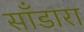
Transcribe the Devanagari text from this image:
साँडारा